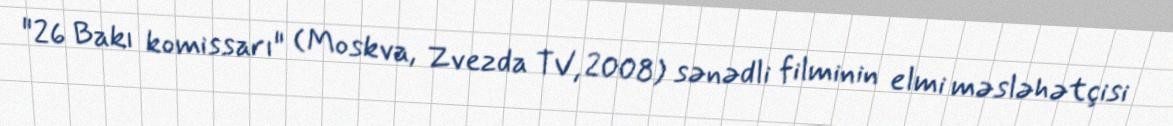
"26 Bakı komissarı" (Moskva, Zvezda TV, 2008) sənədli filminin elmi məsləhətçisi